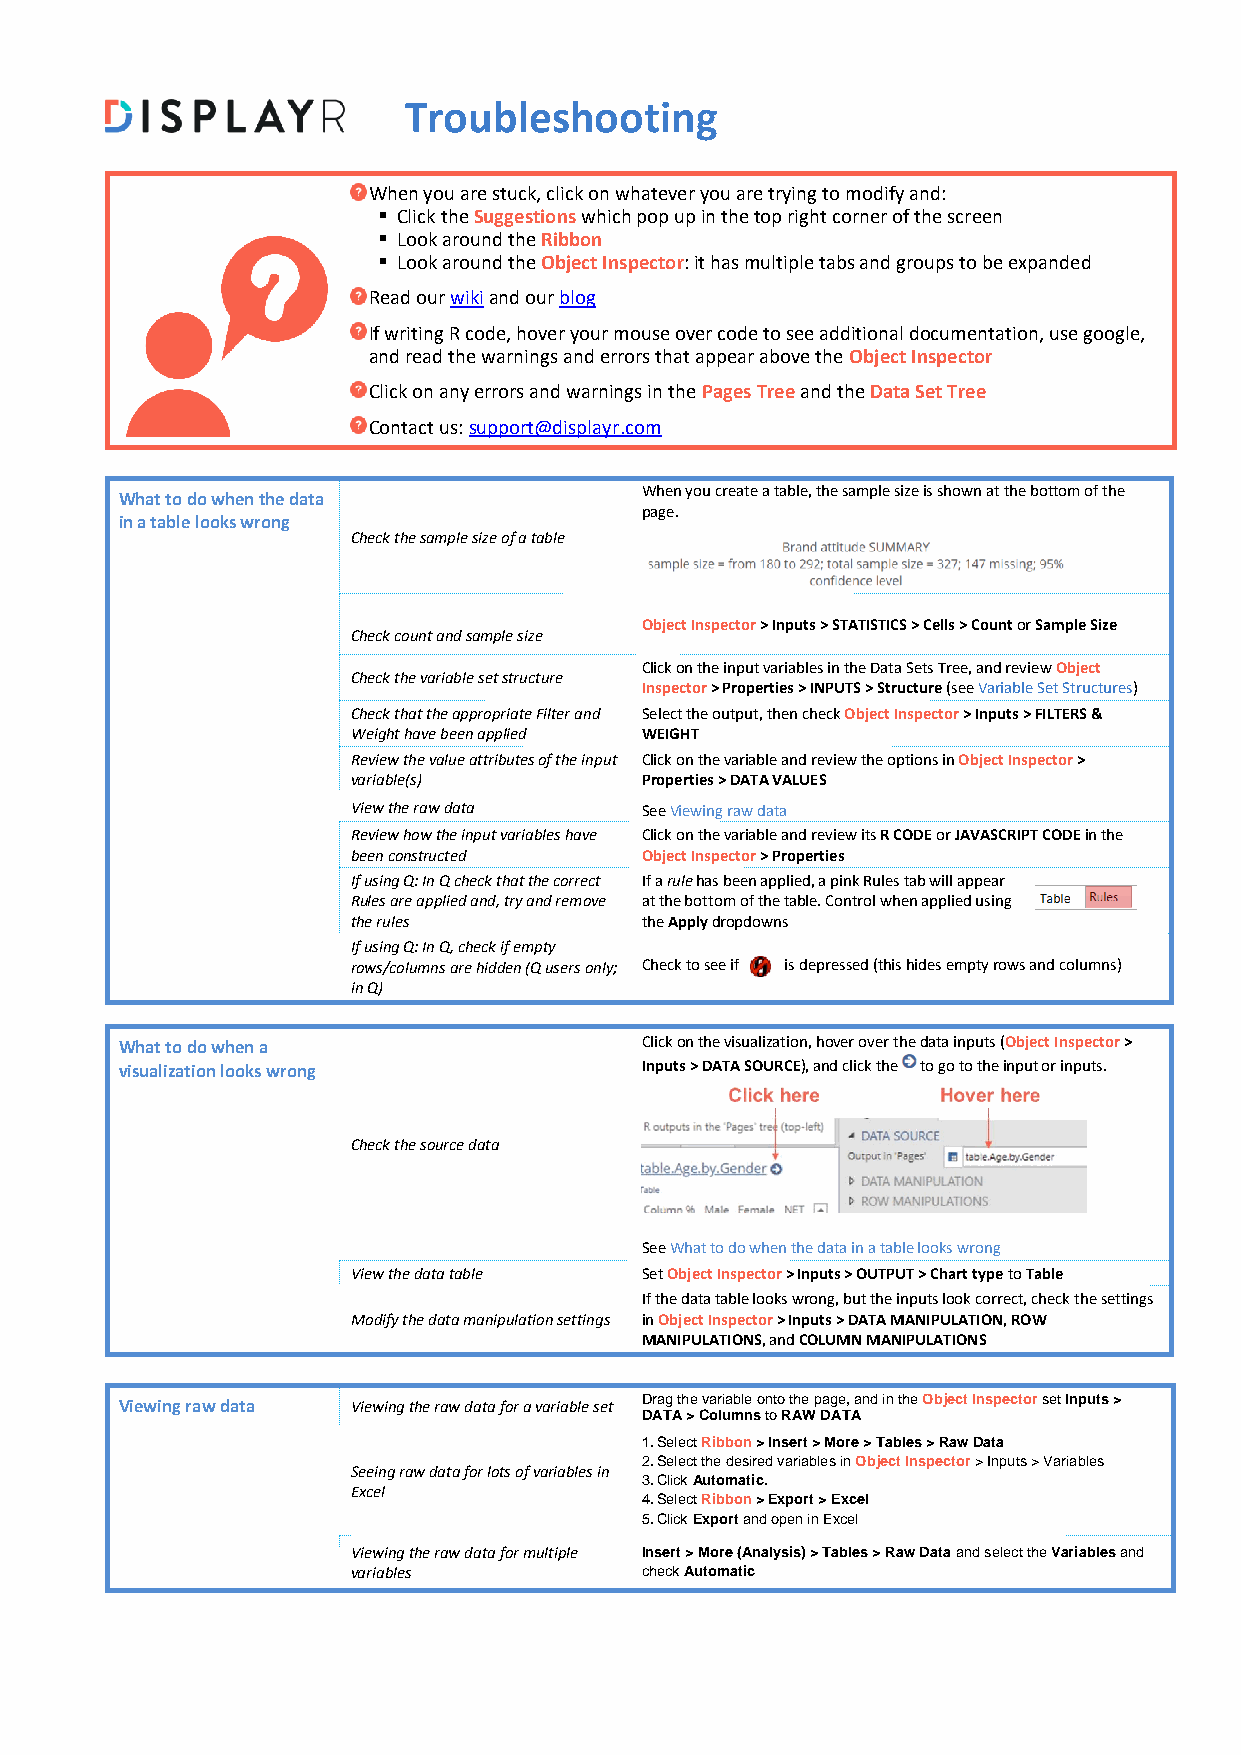
Troubleshooting
 When you are stuck, click on whatever you are trying to modify and:
 ▪ Click the Suggestions which pop up in the top right corner of the screen
 ▪ Look around the Ribbon
 ▪ Look around the Object Inspector: it has multiple tabs and groups to be expanded
 Read our wiki and our blog
 If writing R code, hover your mouse over code to see additional documentation, use google,
 and read the warnings and errors that appear above the Object Inspector
 Click on any errors and warnings in the Pages Tree and the Data Set Tree
 Contact us: support@displayr.com
 When you create a table, the sample size is shown at the bottom of the
 What to do when the data
 page.
 in a table looks wrong
 Check the sample size of a table
 Object Inspector > Inputs > STATISTICS > Cells > Count or Sample Size
 Check count and sample size
 Click on the input variables in the Data Sets Tree, and review Object
 Check the variable set structure
 Inspector > Properties > INPUTS > Structure (see Variable Set Structures)
 Check that the appropriate Filter and Select the output, then check Object Inspector > Inputs > FILTERS &
 Weight have been applied WEIGHT
 Review the value attributes of the input Click on the variable and review the options in Object Inspector >
 variable(s)        Properties > DATA VALUES
 View the raw data  See Viewing raw data
 Review how the input variables have Click on the variable and review its R CODE or JAVASCRIPT CODE in the
 been constructed   Object Inspector > Properties
 If using Q: In Q check that the correct If a rule has been applied, a pink Rules tab will appear
 Rules are applied and, try and remove at the bottom of the table. Control when applied using
 the rules          the Apply dropdowns
 If using Q: In Q, check if empty
 rows/columns are hidden (Q users only; Check to see if is depressed (this hides empty rows and columns)
 in Q)
 What to do when a                 Click on the visualization, hover over the data inputs (Object Inspector >
 visualization looks wrong         Inputs > DATA SOURCE), and click the to go to the input or inputs.
 Check the source data
 See What to do when the data in a table looks wrong
 View the data table Set Object Inspector > Inputs > OUTPUT > Chart type to Table
 If the data table looks wrong, but the inputs look correct, check the settings
 Modify the data manipulation settings in Object Inspector > Inputs > DATA MANIPULATION, ROW
 MANIPULATIONS, and COLUMN MANIPULATIONS
 Viewing raw data Viewing the raw data for a variable set Drag the variable onto the page, and in the Object Inspector set Inputs >
 DATA > Columns to RAW DATA
 1. Select Ribbon > Insert > More > Tables > Raw Data
 2. Select the desired variables in Object Inspector > Inputs > Variables
 Seeing raw data for lots of variables in
 3. Click Automatic.
 Excel
 4. Select Ribbon > Export > Excel
 5. Click Export and open in Excel
 Viewing the raw data for multiple Insert > More (Analysis) > Tables > Raw Data and select the Variables and
 variables          check Automatic